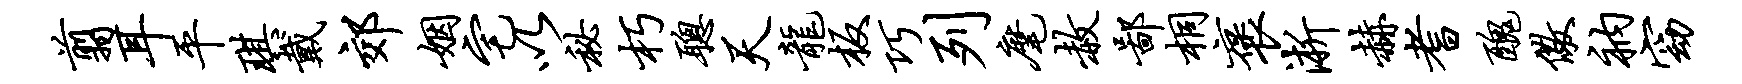
翦耳平琪戴郊姻宅以秘朽聪天龙板巧列麾赦鄙桐褒淅赫耆丑儆衲窈